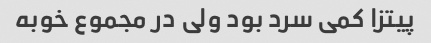
پیتزا کمی سرد بود ولی در مجموع خوبه